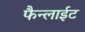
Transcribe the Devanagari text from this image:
फैन्लाईट